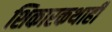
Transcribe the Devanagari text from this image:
शिकारकथाही